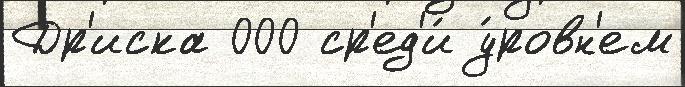
Др'иска 000 ср'ед'и́ у́ровн'ем